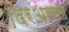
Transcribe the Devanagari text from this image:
।दरअसल